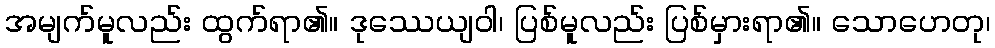
အမျက်မူလည်း ထွက်ရာ၏။ ဒုဿေယျဝါ၊ ပြစ်မူလည်း ပြစ်မှားရာ၏။ သောဟေတု၊